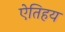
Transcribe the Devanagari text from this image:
ऐतिहय